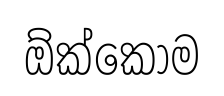
ඕක්කොම